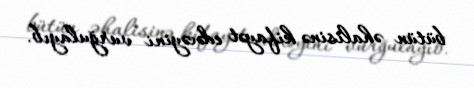
bütün əhalisinə kifayət edəcəyini vurğulayıb.